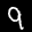
Label: 9